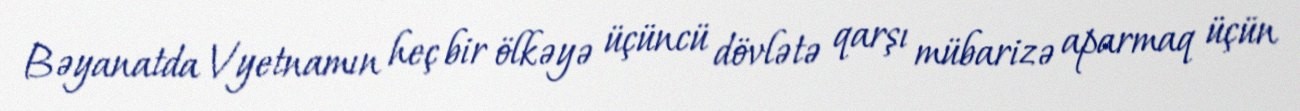
Bəyanatda Vyetnamın heç bir ölkəyə üçüncü dövlətə qarşı mübarizə aparmaq üçün